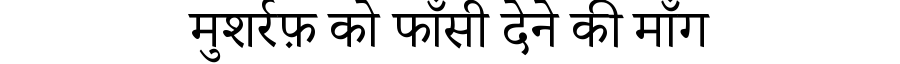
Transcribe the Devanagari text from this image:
मुशर्रफ़ को फाँसी देने की माँग